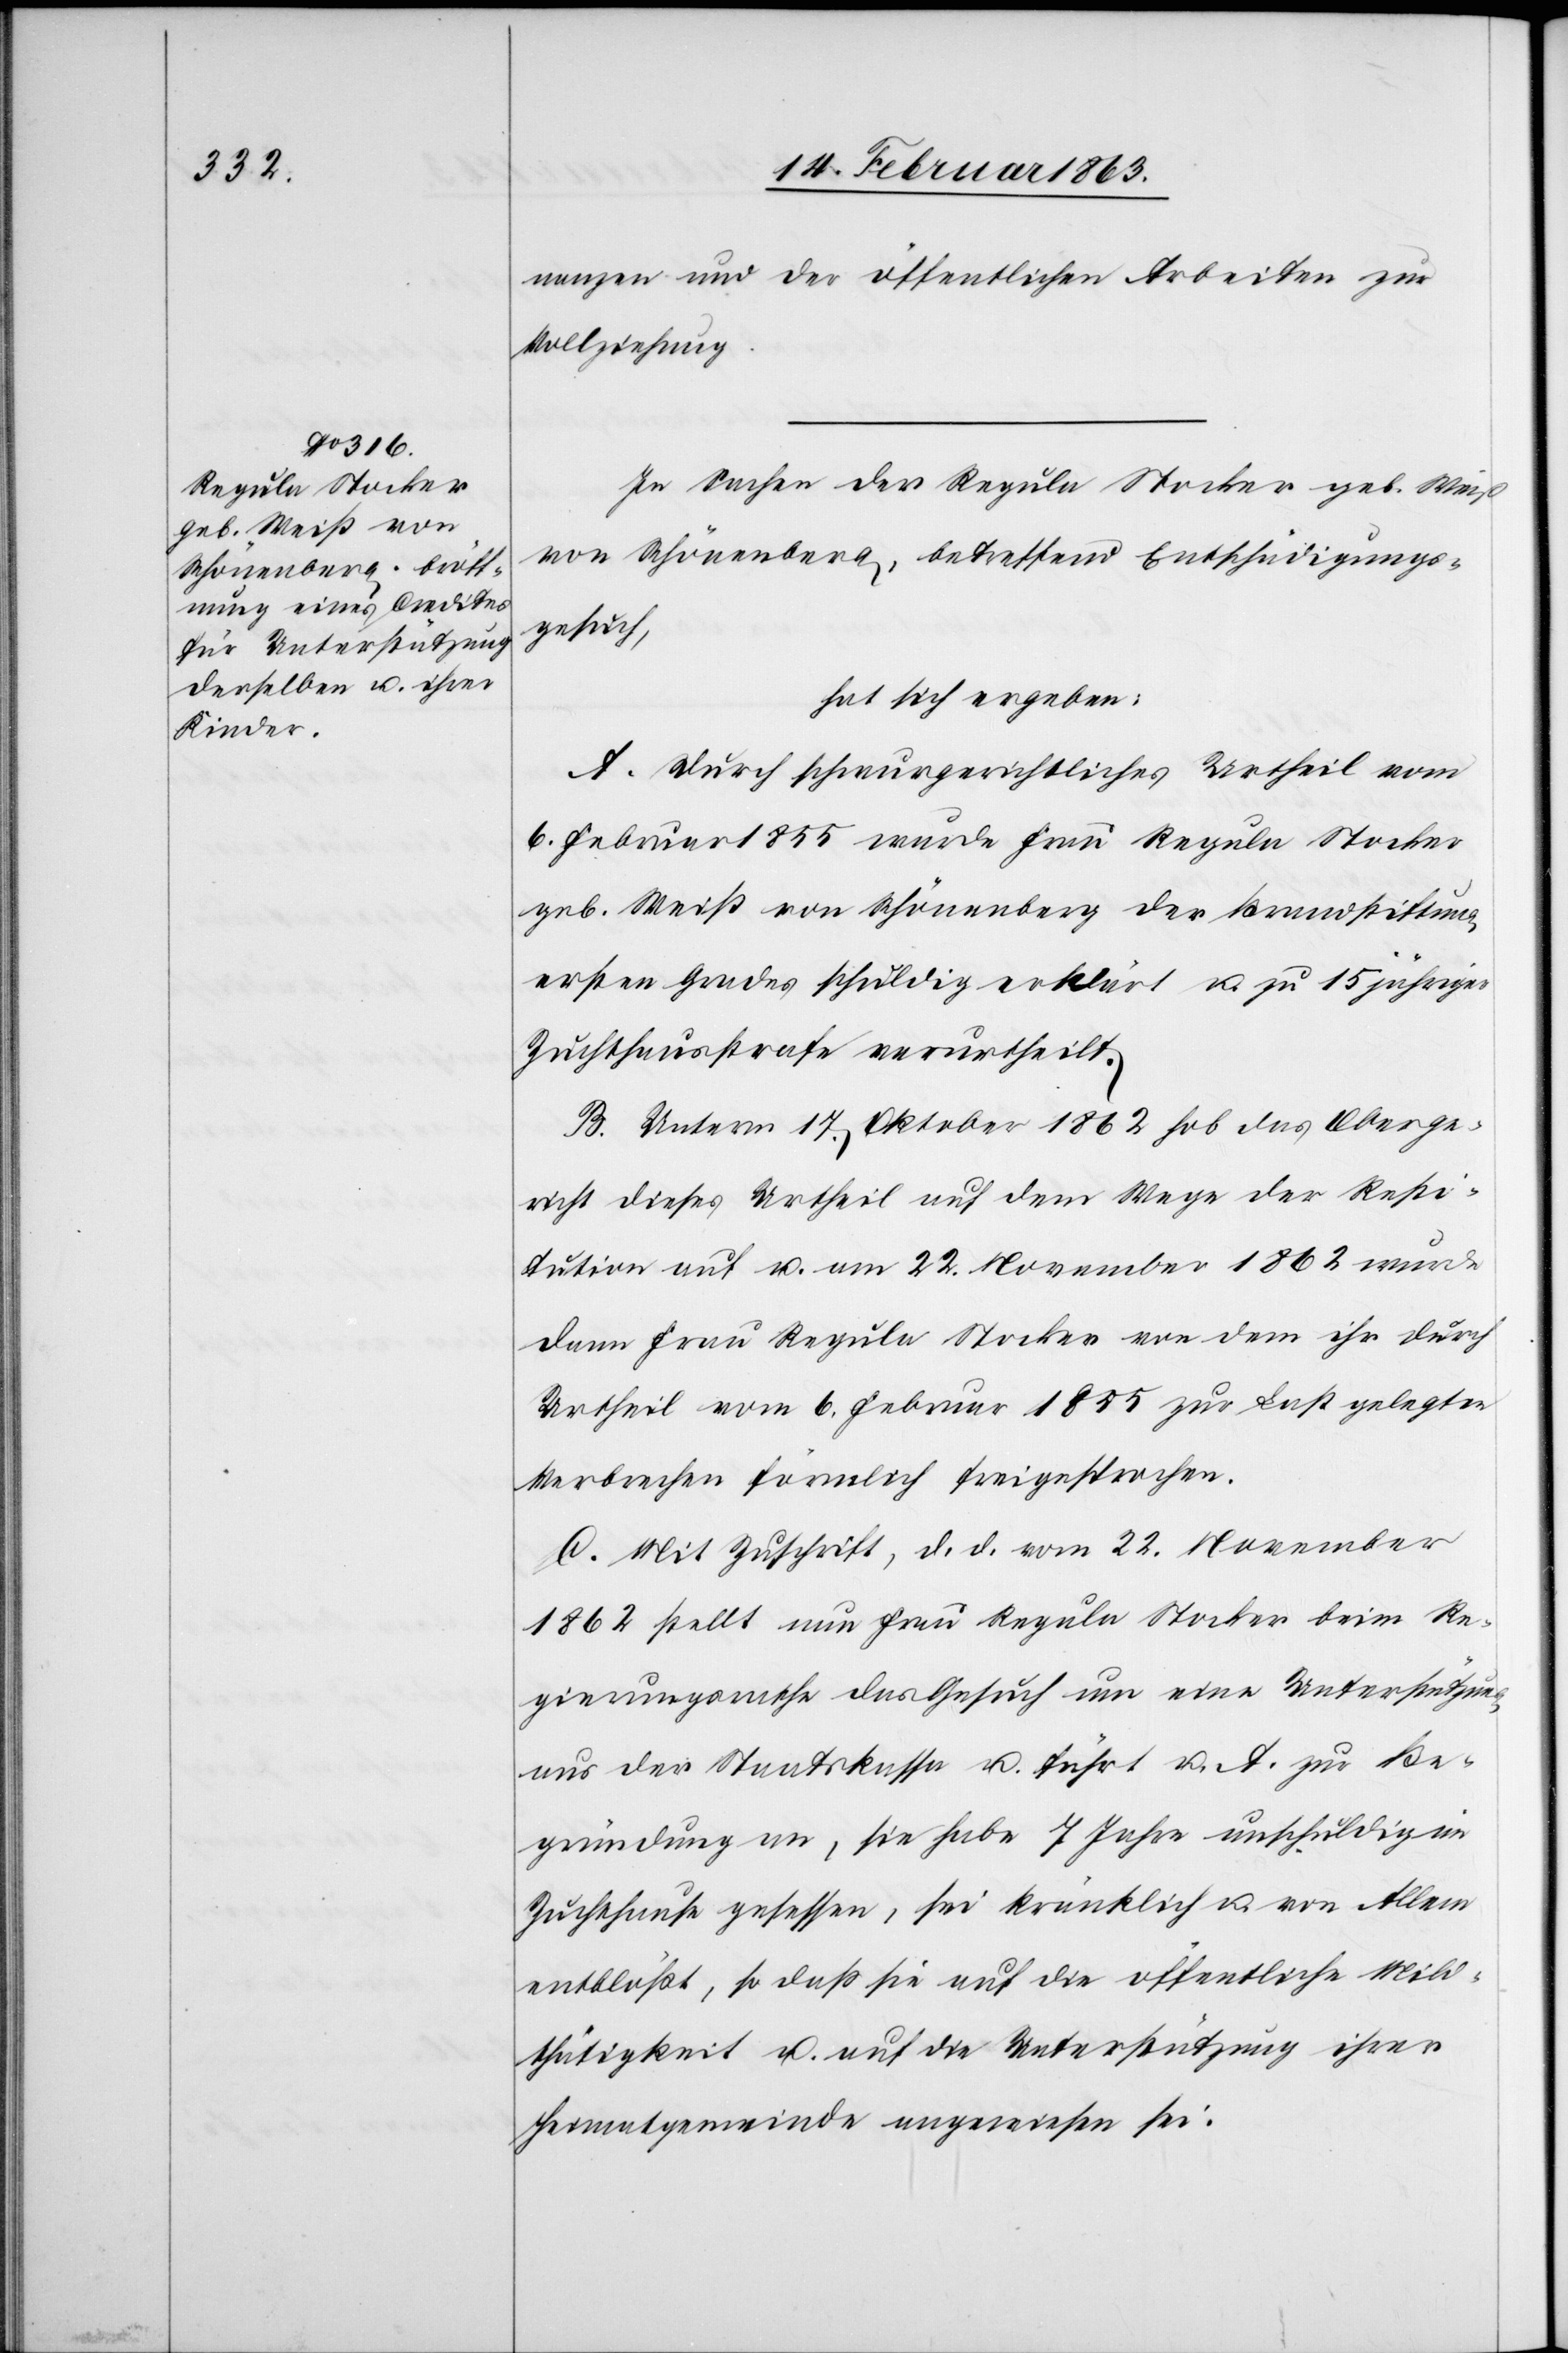
nanzen und der öffentlichen Arbeiten zur
Vollziehung.
In Sachen der Regula Stocker geb. Weiß
von Schönenberg, betreffend Entschädigungs¬
gesuch,
hat sich ergeben:
A. Durch schwurgerichtliches Urtheil vom
6. Februar 1855 wurde Frau Regula Stocker
geb. Weiß von Schönenberg der Brandstiftung
ersten Grades schuldig erklärt u. zu 15 jähriger
Zuchthausstrafe verurtheilt.
B. Unterm 17. Oktober 1862 hob das Oberge¬
richt dieses Urtheil auf dem Wege der Resti¬
tution auf u. am 22. November 1862 wurde
dann Frau Regula Stocker von dem ihr durch
Urtheil vom 6. Februar 1855 zur Last gelegten
Verbrechen förmlich freigesprochen.
C. Mit Zuschrift, d. d. vom 22. November
1862 stellt nun Frau Regula Stocker beim Re¬
gierungsrathe das Gesuch um eine Unterstützung
aus der Staatskassa u. führt u. A. zur Be¬
gründung an, sie habe 7 Jahre unschuldig im
Zuchthause gesessen, sei kränklich u. von Allem
entblößt, so daß sie auf die öffentliche Mild¬
thätigkeit u. auf die Unterstützung ihrer
Heimatgemeinde angewiesen sei.